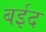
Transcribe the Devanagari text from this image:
बईद